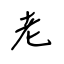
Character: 老